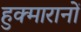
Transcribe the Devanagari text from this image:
हुक्मारानों